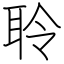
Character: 聆